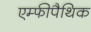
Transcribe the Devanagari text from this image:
एम्फीपैथिक